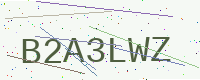
Text: B2A3LWZ